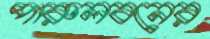
পারুলবনের